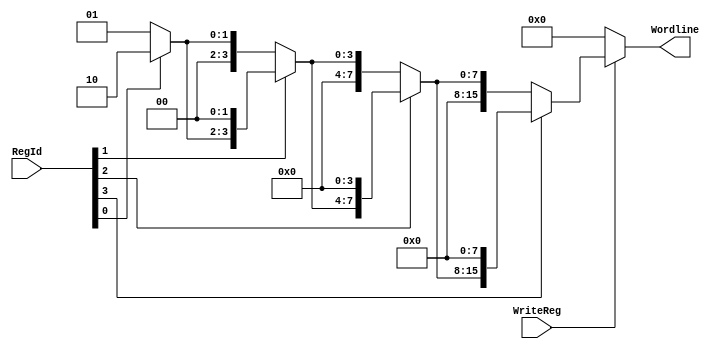
module WriteDecoder_4_16(input[3:0] RegId, input WriteReg, output[15:0] Wordline);

wire [15:0] wordline_in, wordline_out, wordline_in0, wordline_in1, wordline_in2;

assign Wordline = WriteReg ? wordline_out : 16'h0000;

//shift the 1 if needed
assign wordline_in = 16'h0001;
assign wordline_in0 = RegId[0] ? (wordline_in << 1) : wordline_in;
assign wordline_in1 = RegId[1] ? (wordline_in0 << 2) : wordline_in0;
assign wordline_in2 = RegId[2] ? (wordline_in1 << 4) : wordline_in1;
assign wordline_out = RegId[3] ? (wordline_in2 << 8) : wordline_in2;

endmodule